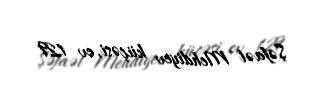
Şəfaət Mehdiyev küçəsi, ev 129